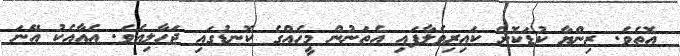
އޮތެވެ. ޒިންޔާ ކުޑަކޮށް ކައިރިވެލާފައި އެތަނުން މީހެއްގެ ކޮނޑުގައި ޖަހާލިއެވެ. އެއާއެކު އޭނަ